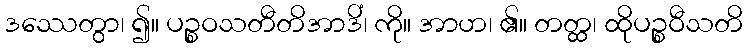
ဒဿေတွာ၊ ၍။ ပဉ္စဝသတီတိအာဒိံ၊ ကို။ အာဟ၊ ၏။ တတ္ထ၊ ထိုပဉ္စဝီသတိ